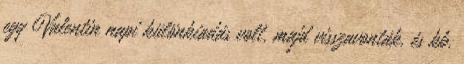
egy Valentin napi különkiadás volt, majd visszavonták, és kb.